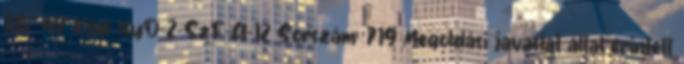
36 47 Kód: NyD-2-SzF-A-12 Sorszám: 719 Megoldási javaslat által érintett